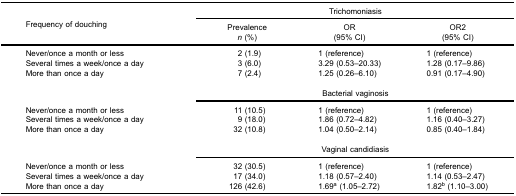
| <ROWSPAN=3> Frequency of douching | <COLSPAN=3> Trichomoniasis |
 | Prevalencen (%) | OR(95% CI) | OR2(95% CI) |
 | --- | --- | --- | --- |
 | Never/once a month or less | 2 (1.9) | 1 (reference) | 1 (reference) |
 | Several times a week/once a day | 3 (6.0) | 3.29 (0.53–20.33) | 1.28 (0.17–9.86) |
 | More than once a day | 7 (2.4) | 1.25 (0.26–6.10) | 0.91 (0.17–4.90) |
 | <COLSPAN=4>  |
 |  | <COLSPAN=3> Bacterial vaginosis |
 | Never/once a month or less | 11 (10.5) | 1 (reference) | 1 (reference) |
 | Several times a week/once a day | 9 (18.0) | 1.86 (0.72–4.82) | 1.16 (0.40–3.27) |
 | More than once a day | 32 (10.8) | 1.04 (0.50–2.14) | 0.85 (0.40–1.84) |
 | <COLSPAN=4>  |
 |  | <COLSPAN=3> Vaginal candidiasis |
 | Never/once a month or less | 32 (30.5) | 1 (reference) | 1 (reference) |
 | Several times a week/once a day | 17 (34.0) | 1.18 (0.57–2.40) | 1.14 (0.53–2.47) |
 | More than once a day | 126 (42.6) | 1.69a (1.05–2.72) | 1.82b (1.10–3.00) |